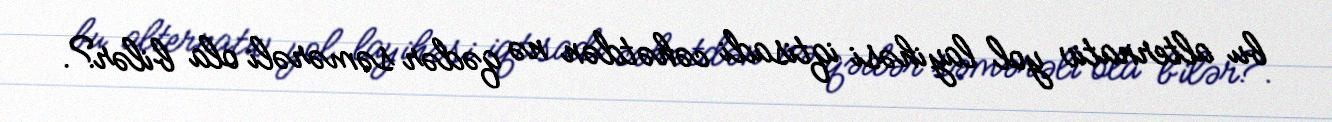
bu alternativ yol layihəsi iqtisadi cəhətdən nə qədər səmərəli ola bilər?.